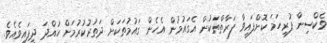
ވެކްސިން ފުރިހަމަ ކޮށްފައިވާ ފަރާތްތަކުން އެގައުމުން އެހެން ގައުމުތަކަށް ދަތުރުކުރުމަށް ހުއްދަ ދީފައިވެއެވެ.